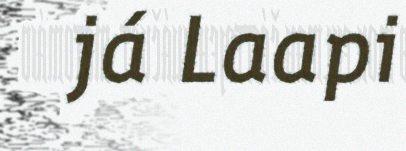
já Laapi